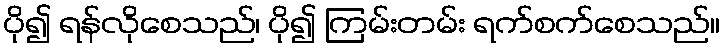
ပို၍ ရန်လိုစေသည်၊ ပို၍ ကြမ်းတမ်း ရက်စက်စေသည်။